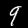
Label: 9